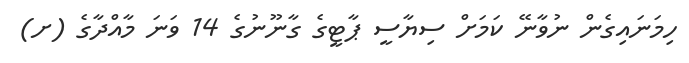
ހިމަނައިގެން ނުވާނޭ ކަމަށް ސިޔާސީ ޕާޓީގެ ގާނޫނުގެ 14 ވަނަ މާއްދާގެ (ށ)